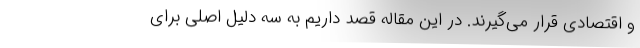
و اقتصادی قرار می‌گیرند. در این مقاله قصد داریم به سه دلیل اصلی برای